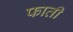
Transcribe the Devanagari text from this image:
फाती